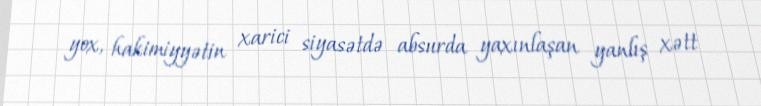
yox, hakimiyyətin xarici siyasətdə absurda yaxınlaşan yanlış xətt